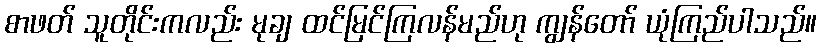
စာဖတ် သူတိုင်းကလည်း မုချ ထင်မြင်ကြလန်မည်ဟု ကျွန်တော် ယုံကြည်ပါသည်။